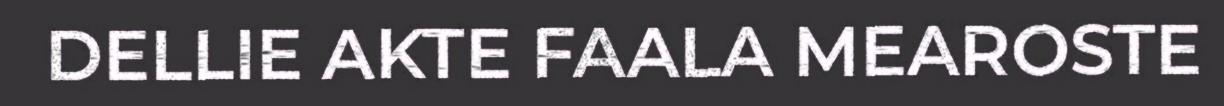
DELLIE AKTE FAALA MEAROSTE